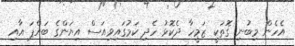
އެހެން މިބުނި ގޮތަކީ ޒަމީހާ ދެކޮޅު ހެދި ކަމުގައިވިއަސް އިޔަންގެ ބައްޕަ އާއި